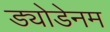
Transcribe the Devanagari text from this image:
ड्योडेनम